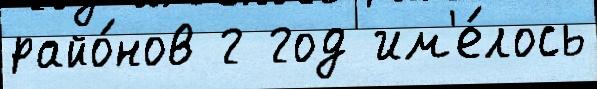
райо́нов г год им'е́лось